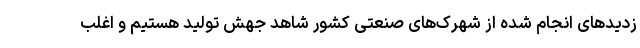
زدیدهای انجام شده از شهرک‌های صنعتی کشور شاهد جهش تولید هستیم و اغلب